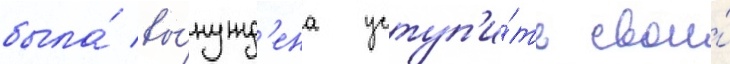
была́ вы́нужд'ена уступ'и́ть свои́